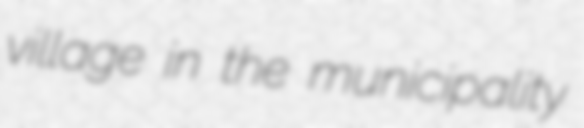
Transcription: village in the municipality